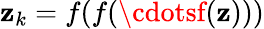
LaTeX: \mathbf{z}_{k}=f(f(\cdotsf(\mathbf{z})))